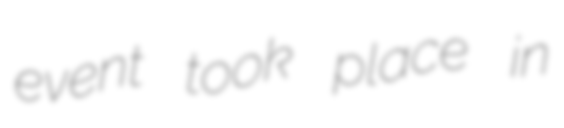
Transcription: event took place in